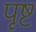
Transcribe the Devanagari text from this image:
पॄष्ट